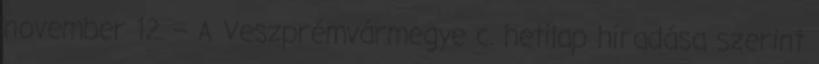
november 12. – A Veszprémvármegye c. hetilap híradása szerint